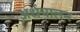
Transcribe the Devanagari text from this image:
अर्धचालन